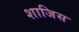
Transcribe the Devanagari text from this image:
शाजिस